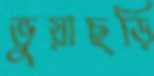
ভুয়াছড়ি